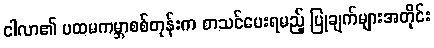
ငါလာ၏ ပထမကမ္ဘာစစ်တုန်းက စာသင်ပေးရမည့် ပြုချက်များအတိုင်း